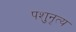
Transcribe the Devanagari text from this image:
पशुनृत्य